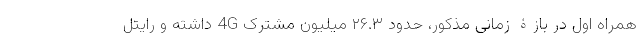
همراه اول در بازۀ زمانی مذکور، حدود ۲۶.۳ میلیون مشترک 4G داشته و رایتل